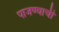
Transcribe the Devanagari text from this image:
पाजण्याची